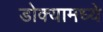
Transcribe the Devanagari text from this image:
डोक्यामध्ये